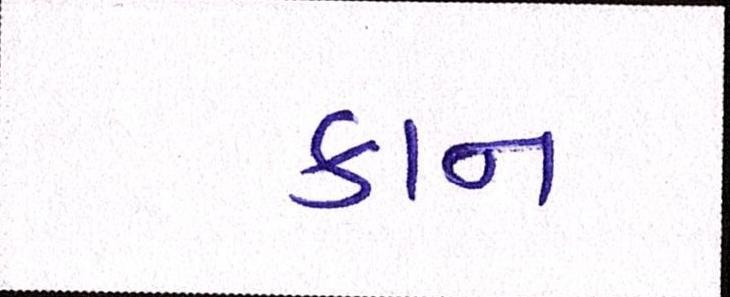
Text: કાન